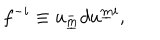
f ^ { - i } \equiv u _ { \underline { { m } } } ^ { - } d u ^ { \underline { { { m } } } i } ,